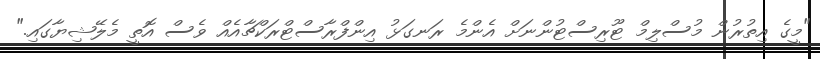
"މީގެ އިތުރުން މުސްލިމް ޓޫރިސްޓުންނަށް އެންމެ ރަނގަޅު އިންފްރާސްޓްރަކްޗާއެއް ވެސް އޮތީ މެލޭޝިޔާގައި."